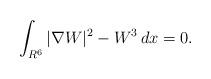
LaTeX: \begin{align*}\int_{R^6}|\nabla W|^2-W^3\,dx=0.\end{align*}